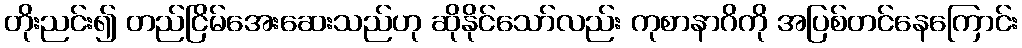
တိုးညင်း၍ တည်ငြိမ်အေးဆေးသည်ဟု ဆိုနိုင်သော်လည်း ကုစာနာဂိကို အပြစ်တင်နေကြောင်း